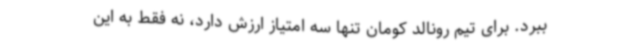
ببرد. برای تیم رونالد کومان تنها سه امتیاز ارزش دارد، نه فقط به این